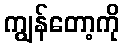
ကျွန်တော့ကို